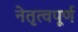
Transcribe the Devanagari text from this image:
नेतृत्वपूर्ण